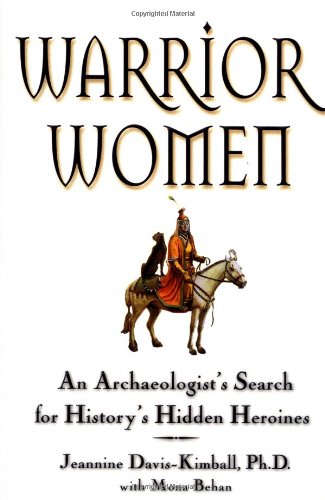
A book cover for Warrior Women: An Archaeologist's Search for History's Hidden Heroines; Mona Behan; Politics & Social Sciences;